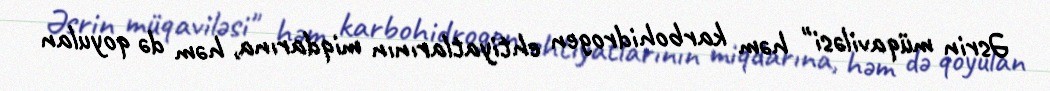
Əsrin müqaviləsi" həm karbohidrogen ehtiyatlarının miqdarına, həm də qoyulan